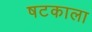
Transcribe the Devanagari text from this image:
षटकाला